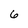
Character: 6